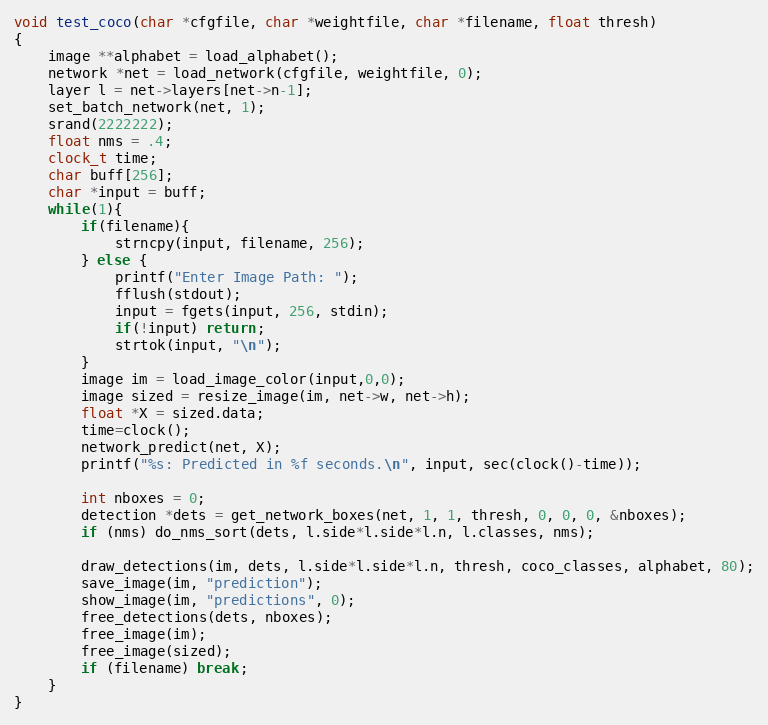
Language: C
void test_coco(char *cfgfile, char *weightfile, char *filename, float thresh)
{
    image **alphabet = load_alphabet();
    network *net = load_network(cfgfile, weightfile, 0);
    layer l = net->layers[net->n-1];
    set_batch_network(net, 1);
    srand(2222222);
    float nms = .4;
    clock_t time;
    char buff[256];
    char *input = buff;
    while(1){
        if(filename){
            strncpy(input, filename, 256);
        } else {
            printf("Enter Image Path: ");
            fflush(stdout);
            input = fgets(input, 256, stdin);
            if(!input) return;
            strtok(input, "\n");
        }
        image im = load_image_color(input,0,0);
        image sized = resize_image(im, net->w, net->h);
        float *X = sized.data;
        time=clock();
        network_predict(net, X);
        printf("%s: Predicted in %f seconds.\n", input, sec(clock()-time));

        int nboxes = 0;
        detection *dets = get_network_boxes(net, 1, 1, thresh, 0, 0, 0, &nboxes);
        if (nms) do_nms_sort(dets, l.side*l.side*l.n, l.classes, nms);

        draw_detections(im, dets, l.side*l.side*l.n, thresh, coco_classes, alphabet, 80);
        save_image(im, "prediction");
        show_image(im, "predictions", 0);
        free_detections(dets, nboxes);
        free_image(im);
        free_image(sized);
        if (filename) break;
    }
}